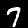
Label: 7